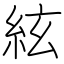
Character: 絃